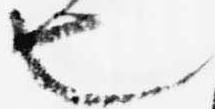
也